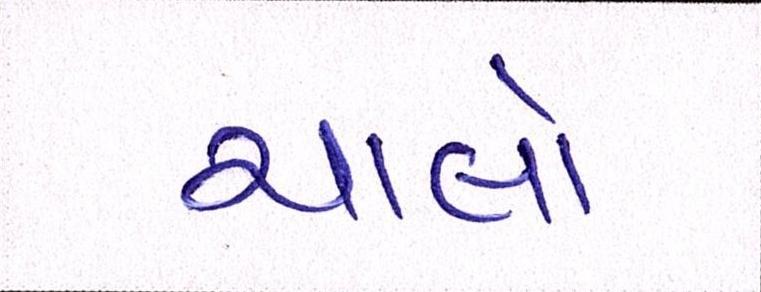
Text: ચાલો